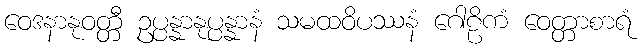
ဝေဒနာနုဝတ္တီ ဥပ္ပန္နာနုပ္ပန္နာနံ သမထဝိပဿနံ ဂေါဠိကံ ဝေတ္တာစာရံ